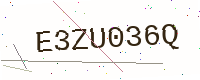
Text: E3ZU036Q